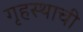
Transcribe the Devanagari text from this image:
गृहस्थाची